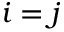
i = j